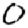
Digit: 0